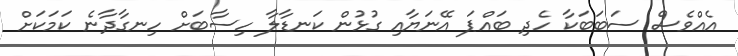
އެއްވެސް ސަބަބަކާ ހެދި ބައްޕަ އޭނަޔާއި ގުޅުން ކަނޑާލާ ހިސާބަށް ހިނގާދާނެ ކަމަކަށް